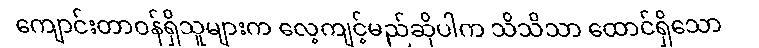
ကျောင်းတာဝန်ရှိသူများက လေ့ကျင့်မည်ဆိုပါက သိသိသာ ထောင်ရှိသော